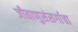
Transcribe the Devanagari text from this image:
जीवाणुसंसर्गाचा